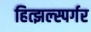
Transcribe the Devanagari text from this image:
हित्झल्स्पर्गर